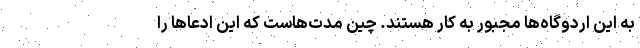
به این اردوگاه‌ها مجبور به کار هستند. چین مدت‌هاست که این ادعاها را